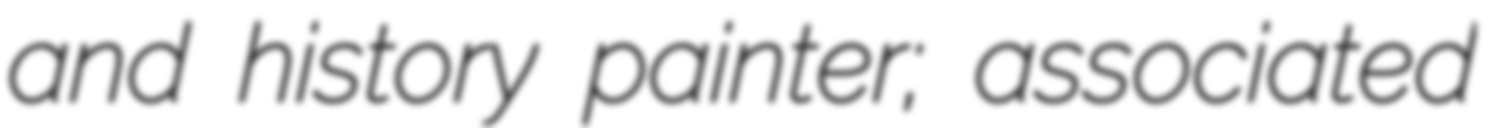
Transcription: and history painter; associated